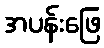
အပန်းဖြေ